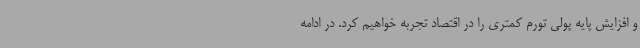
و افزایش پایه پولی تورم کمتری را در اقتصاد تجربه خواهیم کرد. در ادامه